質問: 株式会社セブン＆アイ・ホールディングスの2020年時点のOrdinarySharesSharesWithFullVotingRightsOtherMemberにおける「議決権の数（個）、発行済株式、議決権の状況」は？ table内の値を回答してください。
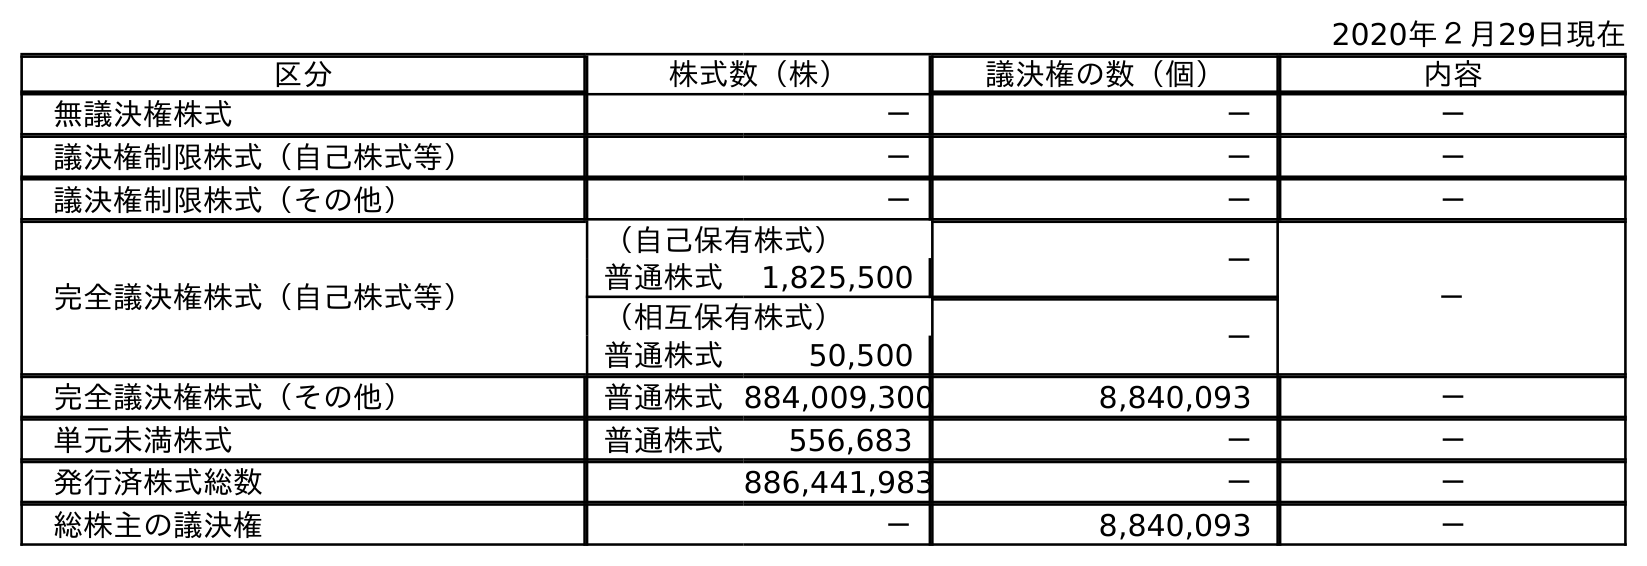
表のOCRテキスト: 2020年２月29日現在 区分 株式数（株） 議決権の数（個） 内容 無議決権株式 － － － 議決権制限株式（自己株式等） － － － 議決権制限株式（その他） － － － 完全議決権株式（自己株式等） （自己保有株式） － － 普通株式 1,825,500 （相互保有株式） － 普通株式 50,500 完全議決権株式（その他） 普通株式884,009,300 8,840,093 － 単元未満株式 普通株式 556,683 － － 発行済株式総数 886,441,983 － － 総株主の議決権 － 8,840,093 －
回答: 8,840,093